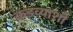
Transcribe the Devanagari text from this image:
कडव्याशी